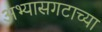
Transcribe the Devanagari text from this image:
अभ्यासगटाच्या